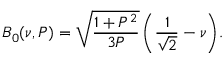
B _ { 0 } ( \nu , P ) = \sqrt { \frac { 1 + P ^ { 2 } } { 3 P } } \, \biggl ( \frac { 1 } { \sqrt { 2 } } - \nu \biggr ) .